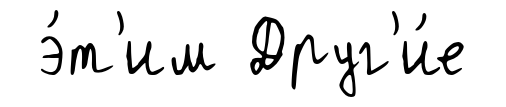
э́т'им Друг'и́е